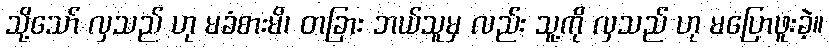
သို့သော် လှသည် ဟု မခံစားမိ၊ တခြား ဘယ်သူမှ လည်း သူ့ကို လှသည် ဟု မပြောဖူးခဲ့။